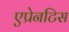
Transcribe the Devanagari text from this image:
एप्रेनटिस